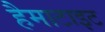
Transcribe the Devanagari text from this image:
हैमाटाइट